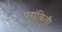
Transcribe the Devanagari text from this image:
परांकिती